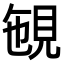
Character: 𧠡